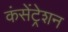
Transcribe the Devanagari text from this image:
कंसेंट्रेशन